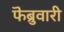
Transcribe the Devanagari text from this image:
फॆब्रुवारी